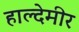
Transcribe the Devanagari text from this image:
हाल्देमीर